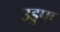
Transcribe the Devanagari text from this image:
उडुपा